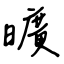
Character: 曠